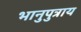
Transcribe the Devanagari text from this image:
भानुपुत्राय